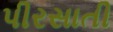
પીરસાતી